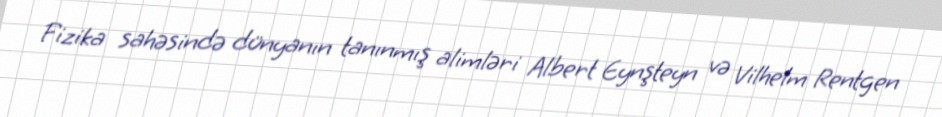
Fizika sahəsində dünyanın tanınmış alimləri Albert Eynşteyn və Vilhelm Rentgen